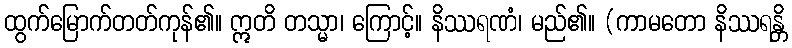
ထွက်မြောက်တတ်ကုန်၏။ ဣတိ တသ္မာ၊ ကြောင့်။ နိဿရဏံ၊ မည်၏။ (ကာမတော နိဿရန္တိ